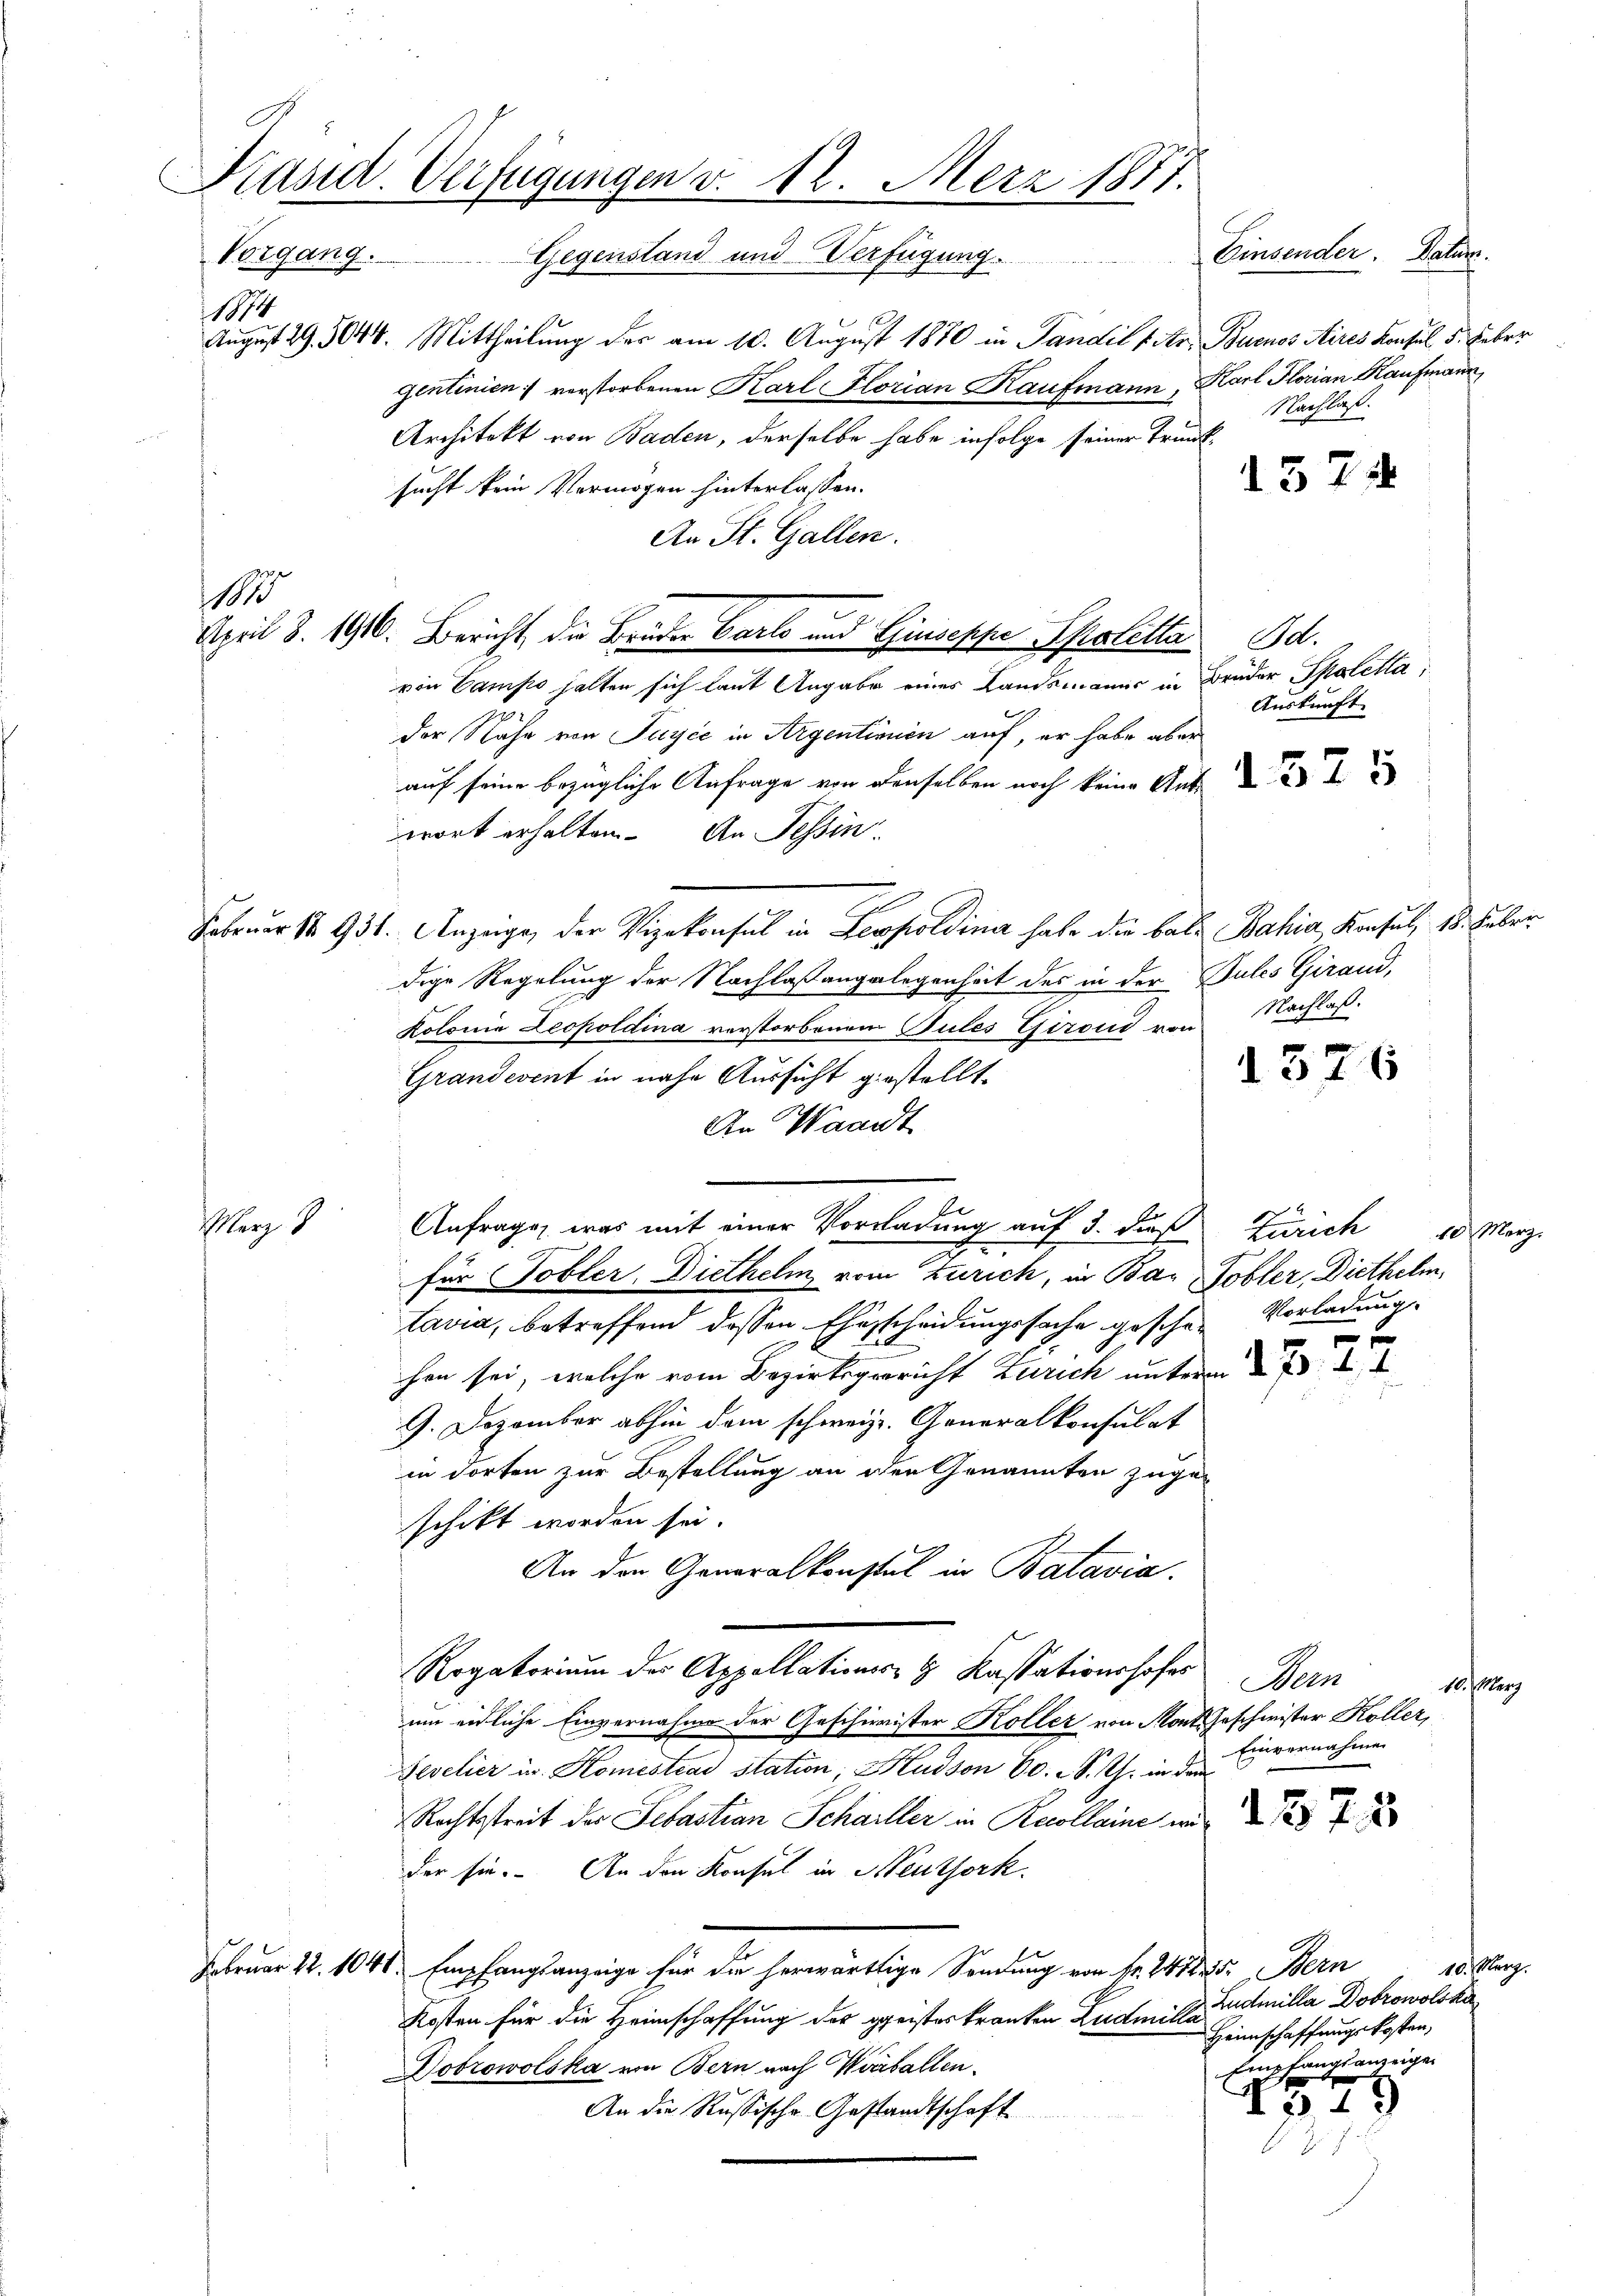
Präsid. Verfügungen v. 12. Merz 1871.
Einsender. Datur.
Vorgang. Gegenstand und Verfügung.

August 29. 3044. Mittheilung des am 10. August 1870 in Pandil (Ar. Buenos Aires Konsul 5. Feber
gentinien) verstorbenen Karl Florian Kaufmann, Karl Florian Kaufmann
Architekt von Baden, derselbe habe infolge seiner Trunksucht kein Vermögen hinterlassen.
An St. Gallen.
von Campo halten sich laut Angabe eines Landsmanns in Bruder Spaletta,
der Nähe von Juyić in Argentimien auf, er habe aber
auf seine bezügliche Anfrage von denselben noch keine Ant
wort erhalten. An Tessin
Februar 1931. Anzeigen der Vizekonsul in Leopoldina habe die bald Bahia Konsul, 18. Feberdige Regelung der Nachlaßangelegenheit des in der Pules Girand,
Kolonia Leopoldina verstorbenen Pules Geroud von Nachlaß.
Grandevent in nahe Aussicht gestellt.
An Waadt
11
Anfrage, was mit einer Vorladung auf 3. dieß Zürich 10 Merz
für Tobler-Diethelm vom Zürich, in Bai Tobler, Diethelm,
tavia, betreffend dessen Ehescheidungssache geschen Vorladung.
hen sei, welche vom Bezirksgericht Zürich unterm
G. Dezember abhin dem schweiz. Generalkonsulat
in dorten zur Bestellung an der Genannten zuge-
schikt worden sei.
An den Generalkonstel in Batavia.
Rogatorium der Appellations- & Kassationshofes Bern
10. März
um eidliche Einvernahme der Geschinister Koller von Sont Geschwister Koller,
Einvernahmen
Zevelier u. Komestens station, Hudson 60. S. Rh. in dem
Rechtsstreit der Sebastian Schailler in Recolleine und
der sie. An den Konsul in Menthork
10. März.
Februar 12. 1041 Empfangsanzeige für die herwärtige Sendung von Fr. 241835. Bern
Zudmilla Dobrowols ka
Kosten für die Heimschaffung des geistes kranken Zudmilla
Heimschaffungskosten,
Empfangsanzeigen
obrowolska von Bern nach Vorfallen.
579
An die Russische Gestandtschaft

1884

1

Merz 1

April 8. 1916. Bericht die Bruder Carlo und Giuseppe Sproletta Bd.

Nachlaß.

157

Auskunft

1376